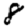
Digit: 8